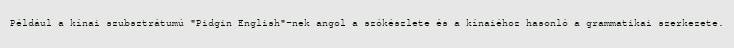
Például a kínai szubsztrátumú "Pidgin English"-nek angol a szókészlete és a kínaiéhoz hasonló a grammatikai szerkezete.